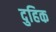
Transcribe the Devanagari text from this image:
दुहिक